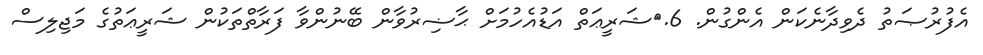
އެފުރުޞަތު ދެވިދާނެކަން އެންގުން. 6.	ޝަރީޢަތް އަޑުއެހުމަށް ޙާޟިރުވާން ބޭނުންވާ ފަރާތްތަކުން ޝަރީޢަތުގެ މަޖިލިސް